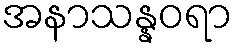
အနာသန္နဝရာ